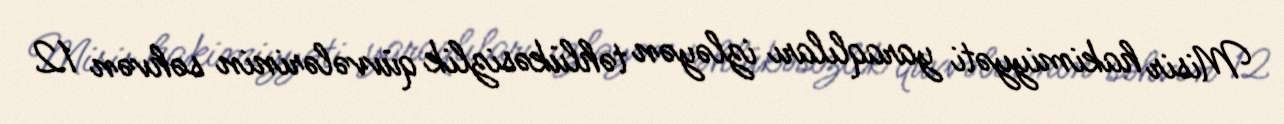
Misir hakimiyyəti yaraqlıları izləyən təhlükəsizlik qüvvələrinin səhvən 12